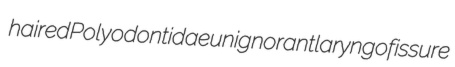
haired Polyodontidae unignorant laryngofissure